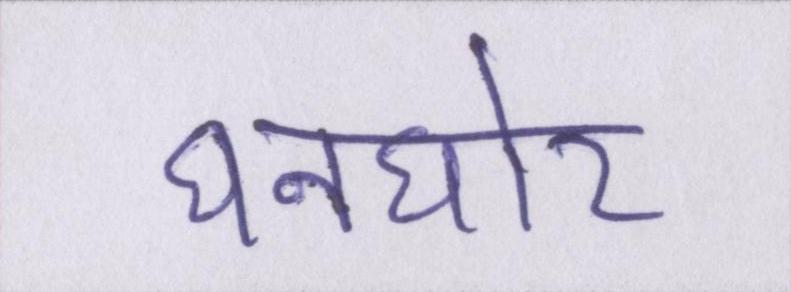
घनघोर